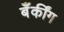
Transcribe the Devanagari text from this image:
बॅँकींग